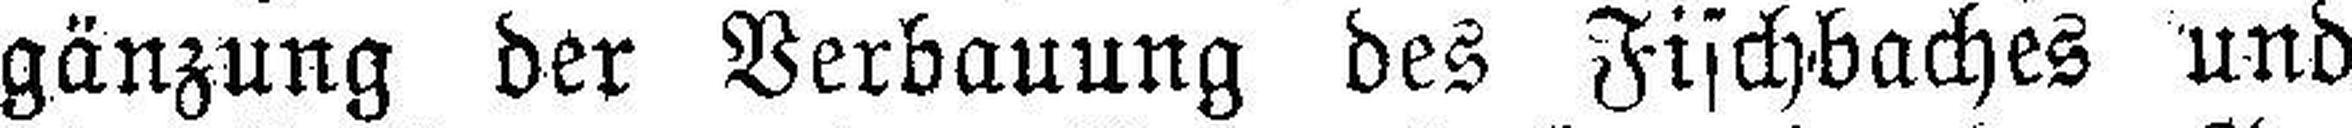
gänzung der Verbauung des Fischbaches und